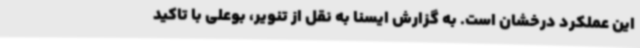
این عملکرد درخشان است. به گزارش ایسنا به نقل از تنویر، بوعلی با تاکید